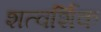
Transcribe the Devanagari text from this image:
शत्वर्शिक